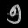
Digit: ၅